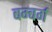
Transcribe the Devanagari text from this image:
बम्बर्ग